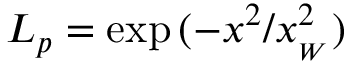
L _ { p } = \exp { ( - x ^ { 2 } / x _ { _ W } ^ { 2 } ) }